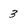
Character: 3